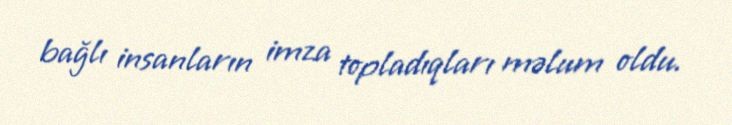
bağlı insanların imza topladıqları məlum oldu.